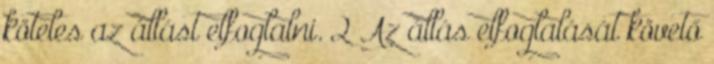
köteles az állást elfoglalni. 2 Az állás elfoglalását követő